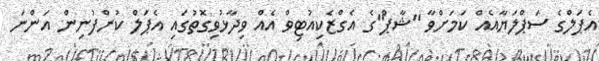
އެޕަލްގެ ސަޕްލަޔާއެއް ކަމަށްވާ "ޝާޕް"ގެ އެގްޒެކިއުޓިވް އެއް ވިދާޅުވިގޮތުގައި އެޕަލް ކުންފުނިން އަންނަ